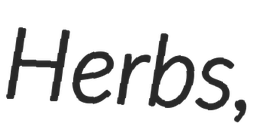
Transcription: Herbs,